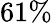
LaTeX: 61\%